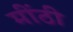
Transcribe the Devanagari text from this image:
मींठी